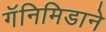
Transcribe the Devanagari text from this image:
गॅनिमिडाने